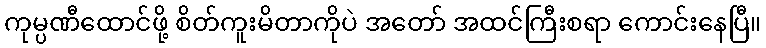
ကုမ္ပဏီထောင်ဖို့ စိတ်ကူးမိတာကိုပဲ အတော် အထင်ကြီးစရာ ကောင်းနေပြီ။